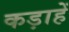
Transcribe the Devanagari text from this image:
कड़ाहें